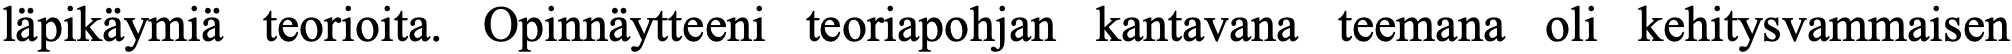
läpikäymiä teorioita. Opinnäytteeni teoriapohjan kantavana teemana oli kehitysvammaisen